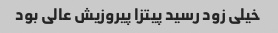
خیلی زود رسید پیتزا پیروزیش عالی بود